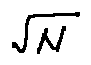
\sqrt { N }